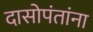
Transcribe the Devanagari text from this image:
दासोपंतांना